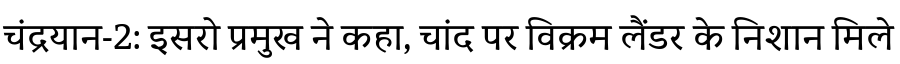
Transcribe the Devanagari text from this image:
चंद्रयान-2: इसरो प्रमुख ने कहा, चांद पर विक्रम लैंडर के निशान मिले